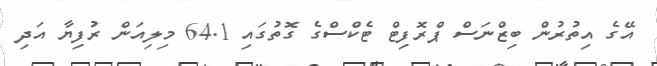
އޭގެ އިތުރުން ބިޒްނަސް ޕްރޮފިޓް ޓެކްސްގެ ގޮތުގައި 64.1 މިލިއަން ރުފިޔާ އަދި